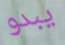
يبدو